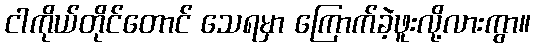
ငါကိုယ်တိုင်တောင် သေရမှာ ကြောက်ခဲ့ဖူးလို့လားကွာ။